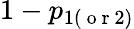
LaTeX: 1-p_{1(\mathrm{~o~r~}2)}